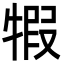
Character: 犌